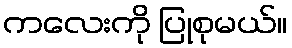
ကလေးကို ပြုစုမယ်။